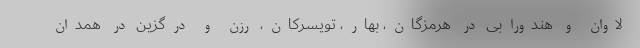
لاوان و هندورابی در هرمزگان، بهار، تویسرکان، رزن و درگزین در همدان